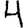
Digit: 4